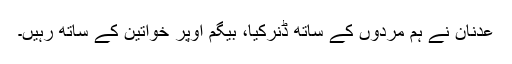
عدنان نے ہم مردوں کے ساتھ ڈنرکیا، بیگم اوپر خواتین کے ساتھ رہیں۔